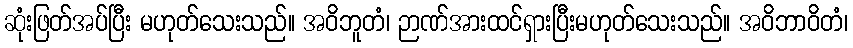
ဆုံးဖြတ်အပ်ပြီး မဟုတ်သေးသည်။ အဝိဘူတံ၊ ဉာဏ်အားထင်ရှားပြီးမဟုတ်သေးသည်။ အဝိဘာဝိတံ၊